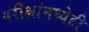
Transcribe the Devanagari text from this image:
परीक्षांमध्येही